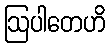
ဩပါတေဟိ